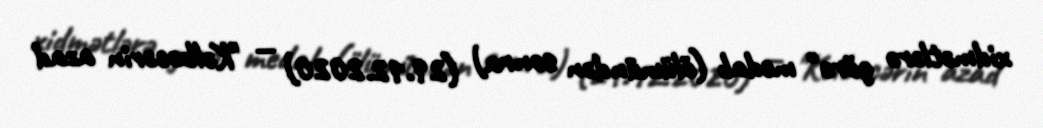
xidmətlərə görə" medalı (ölümündən sonra) (29.12.2020) — "Kəlbəcərin azad